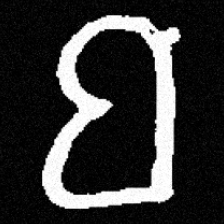
Pyu character \u2014 Myanmar letter: ဗ (romanized: ba)